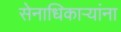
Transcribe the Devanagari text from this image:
सेनाधिकाऱ्यांना